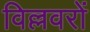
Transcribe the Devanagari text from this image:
विल्लवरों